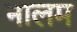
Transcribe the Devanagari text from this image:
नालम